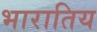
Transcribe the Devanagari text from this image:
भारातिय